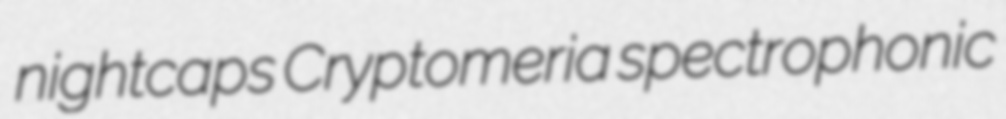
nightcaps Cryptomeria spectrophonic